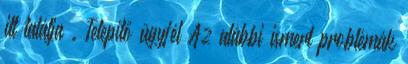
itt találja . Telepítő ügyfél Az alábbi ismert problémák